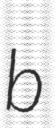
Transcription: b